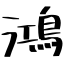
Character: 鴻